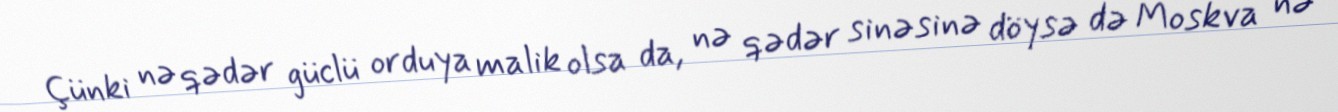
Çünki nə qədər güclü orduya malik olsa da, nə qədər sinəsinə döysə də Moskva nə